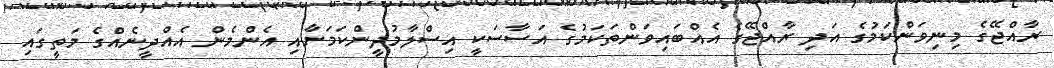
ރާއްޖޭގެ މިނިވަންކަމުގެ އަދި ރާއްޖޭގެ އެއްބައިވަންތަކަމުގެ އަސާސަކީ އިސްލާމުދީންކަމަށާއި އެންމެން އެއްދީނެއްގެ މަތީގައި